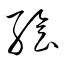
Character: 繪